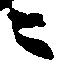
ニ